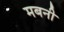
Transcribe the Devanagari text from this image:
मबनी